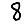
Digit: 8